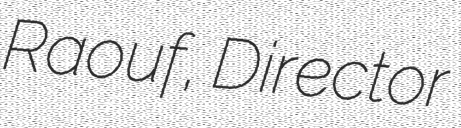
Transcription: Raouf, Director